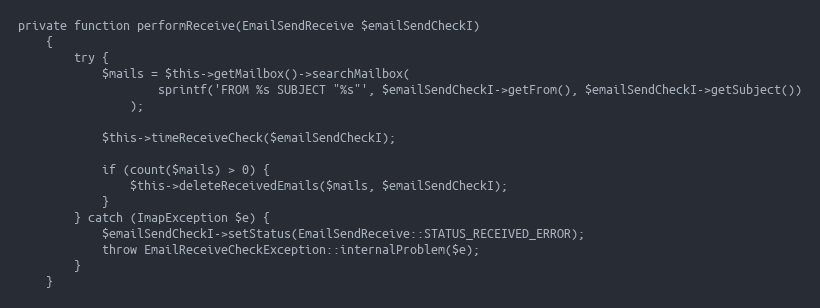
Language: PHP
private function performReceive(EmailSendReceive $emailSendCheckI)
    {
        try {
            $mails = $this->getMailbox()->searchMailbox(
                    sprintf('FROM %s SUBJECT "%s"', $emailSendCheckI->getFrom(), $emailSendCheckI->getSubject())
                );

            $this->timeReceiveCheck($emailSendCheckI);

            if (count($mails) > 0) {
                $this->deleteReceivedEmails($mails, $emailSendCheckI);
            }
        } catch (ImapException $e) {
            $emailSendCheckI->setStatus(EmailSendReceive::STATUS_RECEIVED_ERROR);
            throw EmailReceiveCheckException::internalProblem($e);
        }
    }